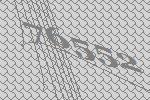
76552